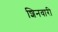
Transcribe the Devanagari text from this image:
शिनवारी